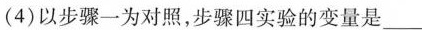
(4)以步骤一为对照，步骤四实验的变量是___